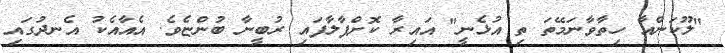
"ލޫކަންއާ ހިތާވާނަމޭތަ ތި އުޅެނީ" އައިރާ ކޮށްޕާލާފައި ރުބީނާ ބުންޏެވެ. އެއާއެކު އެނދުގައި